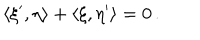
\langle \xi ^ { \prime } , \eta \rangle + \langle \xi , \eta ^ { \prime } \rangle = 0 \, .